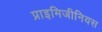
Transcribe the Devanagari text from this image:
प्राइमिजीनियस